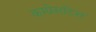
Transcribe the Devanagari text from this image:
कम्प्रेसटिस